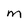
Character: M